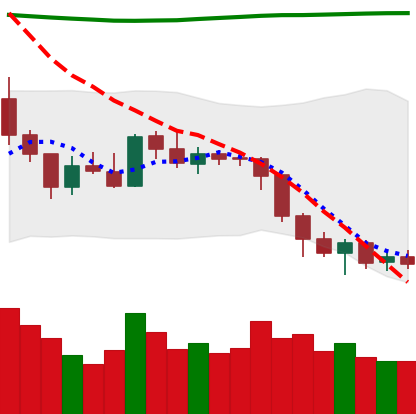
Ticker: ETH-USD
Chart end date: 2018-08-06
Forward return: -20.79%
Label: down_7plus